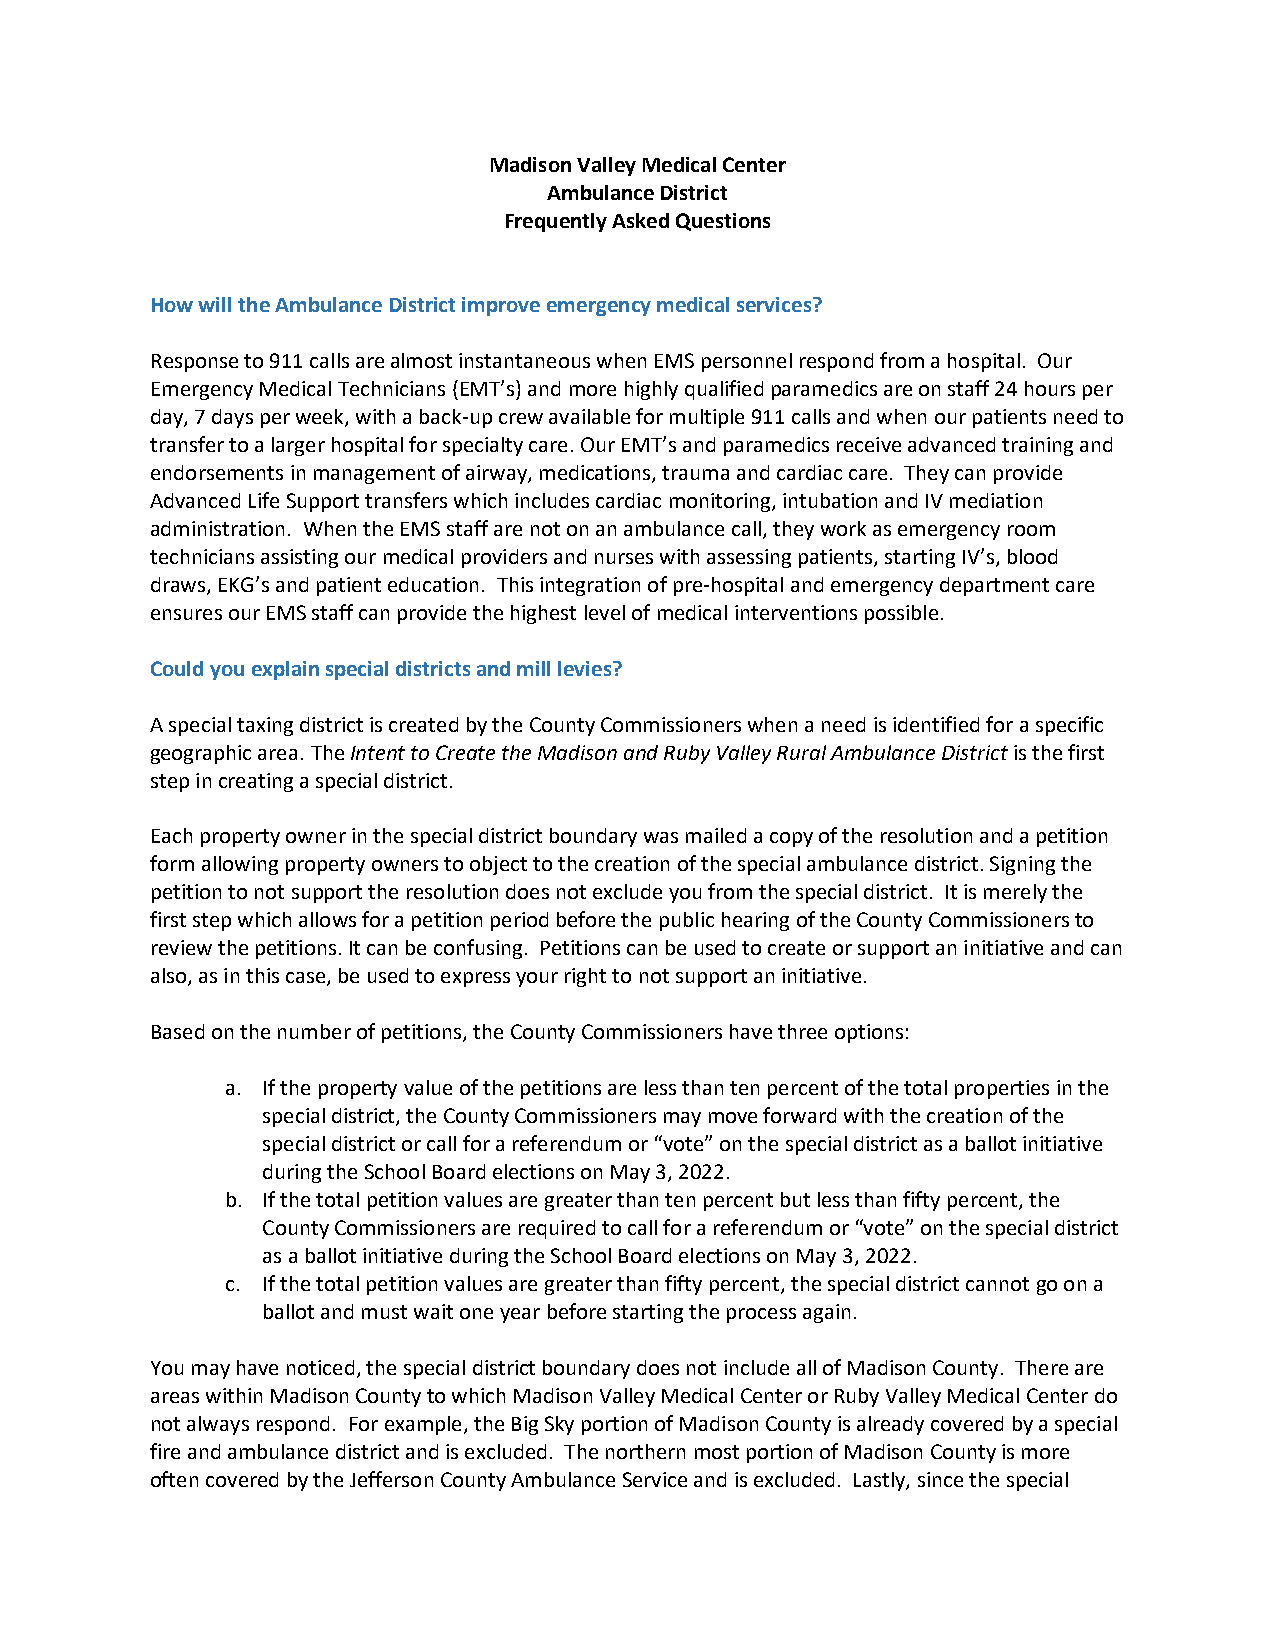
Madison Valley Medical Center
 Ambulance District
 Frequently Asked Questions
 How will the Ambulance District improve emergency medical services?
 Response to 911 calls are almost instantaneous when EMS personnel respond from a hospital. Our
 Emergency Medical Technicians (EMT’s) and more highly qualified paramedics are on staff 24 hours per
 day, 7 days per week, with a back-up crew available for multiple 911 calls and when our patients need to
 transfer to a larger hospital for specialty care. Our EMT’s and paramedics receive advanced training and
 endorsements in management of airway, medications, trauma and cardiac care. They can provide
 Advanced Life Support transfers which includes cardiac monitoring, intubation and IV mediation
 administration. When the EMS staff are not on an ambulance call, they work as emergency room
 technicians assisting our medical providers and nurses with assessing patients, starting IV’s, blood
 draws, EKG’s and patient education. This integration of pre-hospital and emergency department care
 ensures our EMS staff can provide the highest level of medical interventions possible.
 Could you explain special districts and mill levies?
 A special taxing district is created by the County Commissioners when a need is identified for a specific
 geographic area. The Intent to Create the Madison and Ruby Valley Rural Ambulance District is the first
 step in creating a special district.
 Each property owner in the special district boundary was mailed a copy of the resolution and a petition
 form allowing property owners to object to the creation of the special ambulance district. Signing the
 petition to not support the resolution does not exclude you from the special district. It is merely the
 first step which allows for a petition period before the public hearing of the County Commissioners to
 review the petitions. It can be confusing. Petitions can be used to create or support an initiative and can
 also, as in this case, be used to express your right to not support an initiative.
 Based on the number of petitions, the County Commissioners have three options:
 a. If the property value of the petitions are less than ten percent of the total properties in the
 special district, the County Commissioners may move forward with the creation of the
 special district or call for a referendum or “vote” on the special district as a ballot initiative
 during the School Board elections on May 3, 2022.
 b. If the total petition values are greater than ten percent but less than fifty percent, the
 County Commissioners are required to call for a referendum or “vote” on the special district
 as a ballot initiative during the School Board elections on May 3, 2022.
 c. If the total petition values are greater than fifty percent, the special district cannot go on a
 ballot and must wait one year before starting the process again.
 You may have noticed, the special district boundary does not include all of Madison County. There are
 areas within Madison County to which Madison Valley Medical Center or Ruby Valley Medical Center do
 not always respond. For example, the Big Sky portion of Madison County is already covered by a special
 fire and ambulance district and is excluded. The northern most portion of Madison County is more
 often covered by the Jefferson County Ambulance Service and is excluded. Lastly, since the special